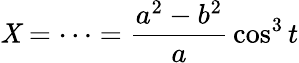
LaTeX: \mathit{X}=\cdots={\frac{{a^{2}-b^{2}}}{{a}}}\cos^{3}t